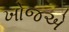
ખોજએ